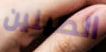
الصينين